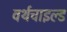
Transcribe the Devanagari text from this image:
वर्थचाइल्ड